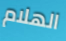
الهلام